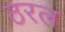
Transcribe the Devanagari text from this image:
ठरल